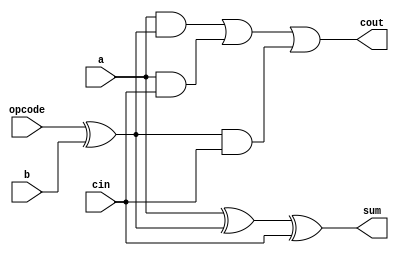
module one_bit_full_adder (
    sum, 
    cout, 
    a, 
    b,
    opcode, 
    cin
    );
	input a, b, opcode, cin;
	output sum, cout;
	assign sum = a ^ (opcode ^ b) ^ cin; //opcode XOR b to take care of addition/subtraction
	assign cout = (a & (opcode ^ b)) | (a & cin) | ((opcode ^ b) & cin);	
endmodule